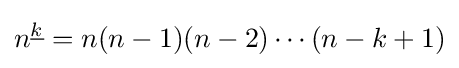
n^{\underline {k}}=n(n-1)(n-2)\cdots (n-k+1)